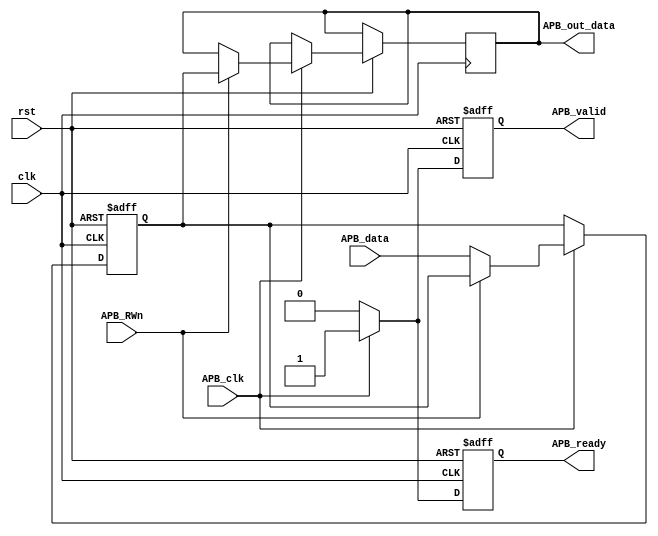
module APB_Controller(
    input clk,
    input rst,
    input APB_clk,
    input [7:0] APB_data,
    input APB_RWn,
    output reg [7:0] APB_out_data,
    output reg APB_ready,
    output reg APB_valid
);

reg [7:0] APB_data_reg;
reg APB_ready_reg;
reg APB_valid_reg;

always @(posedge clk or negedge rst) begin
    if (!rst) begin
        APB_data_reg <= 8'b0;
        APB_ready_reg <= 1'b0;
        APB_valid_reg <= 1'b0;
    end else begin
        if (APB_clk) begin
            if (APB_RWn == 1'b0) begin // Write operation
                APB_data_reg <= APB_data;
                APB_valid_reg <= 1'b1;
                APB_ready_reg <= 1'b1;
            end else begin // Read operation
                APB_valid_reg <= 1'b1;
                APB_out_data <= APB_data_reg;
                APB_ready_reg <= 1'b1;
            end
        end else begin
            APB_valid_reg <= 1'b0;
            APB_ready_reg <= 1'b0;
        end
    end
end

assign APB_ready = APB_ready_reg;
assign APB_valid = APB_valid_reg;

endmodule